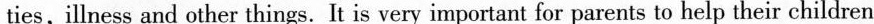
ties,illness and other things. It is very important for parents to help their children